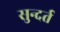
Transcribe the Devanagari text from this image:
सुन्दर्त